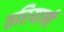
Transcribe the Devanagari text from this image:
तरियाणी